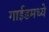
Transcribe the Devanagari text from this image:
गाईडमध्ये